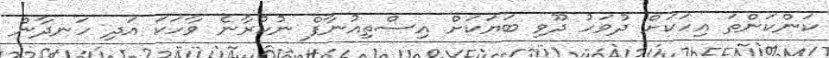
ކަންކަންތަ އިހަކަށް ދުވަހު ދޫވި ބަޔަކަށް އިސްތިއުނާފް ނުކުރާނެ ވާހަކަ އަދި ހަނދާން